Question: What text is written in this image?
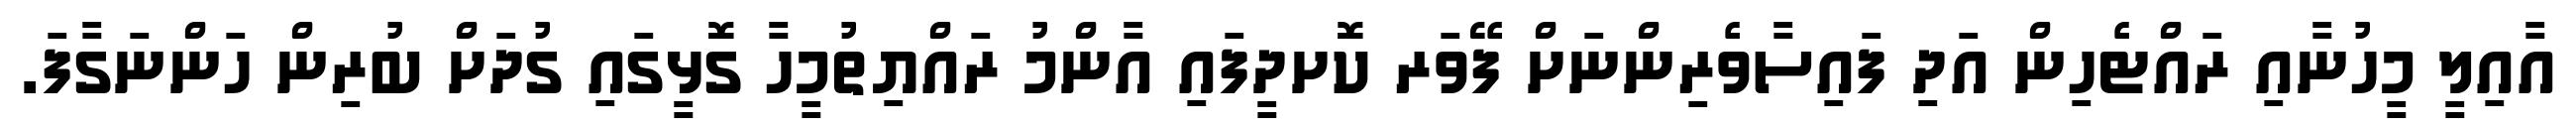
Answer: އާއިލީ މީހުނާއި ރައްޓެހިން އަދި ފައިސާވެރިންނަށް ފޭވަރ ކޮށދީފައި އާންމު ރައްޔިތުމީހާ ގޮޅީގައި ގުދަށް ބުރިން ހަންނަގާފަ.